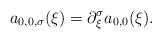
LaTeX: \begin{align*}a_{0,0,\sigma}(\xi)=\partial_\xi^\sigma a_{0,0}(\xi).\end{align*}